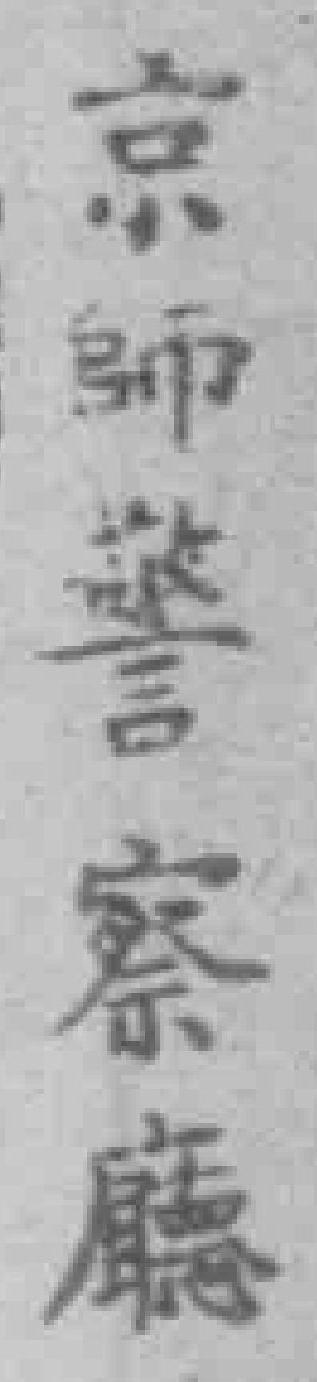
京師警察廳